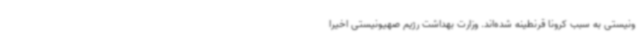
ونیستی به سبب کرونا قرنطینه شده‌اند. وزارت بهداشت رژیم صهیونیستی اخیرا